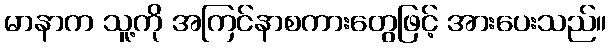
မာနာက သူ့ကို အကြင်နာစကားတွေဖြင့် အားပေးသည်။